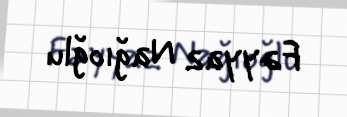
Fəyyaz Nağıoğlu